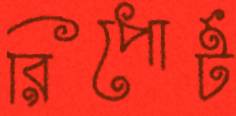
রিপোর্ট